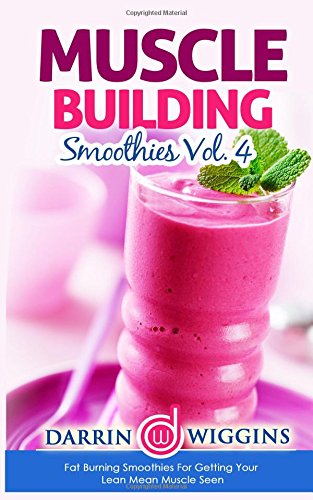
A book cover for Muscle Building Smoothies: Vol. 4 Fat Burning Smoothies For Getting Your Lean Mean Muscle Seen; Darrin Wiggins; Health, Fitness & Dieting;